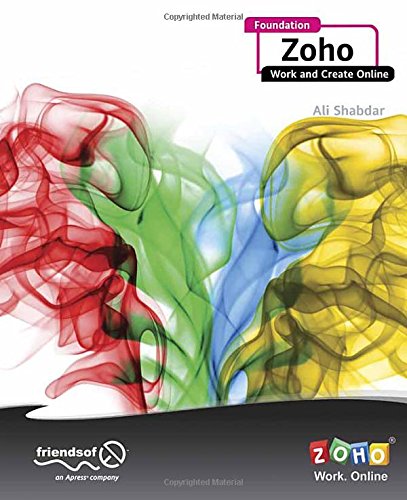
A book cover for Foundation Zoho: Work and Create Online; Ali Shabdar; Computers & Technology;